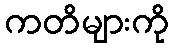
ကတိများကို